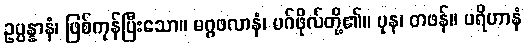
ဥပ္ပန္နာနံ၊ ဖြစ်ကုန်ပြီးသော။ မဂ္ဂဖလာနံ၊ မဂ်ဖိုလ်တို့၏။ ပုန၊ တဖန်။ ပရိဟာနံ